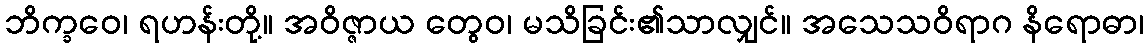
ဘိက္ခဝေ၊ ရဟန်းတို့။ အဝိဇ္ဇာယ တွေဝ၊ မသိခြင်း၏သာလျှင်။ အသေသဝိရာဂ နိရောဓာ၊